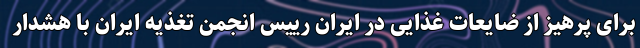
برای پرهیز از ضایعات غذایی در ایران رییس انجمن تغذیه ایران با هشدار